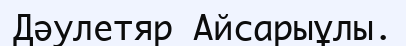
Дәулетяр Айсарыұлы.